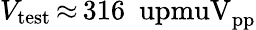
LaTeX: V_{\mathrm{test}}\, {\approx}\, 316~\mathrm{\ upmuV_{pp}}